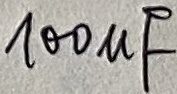
Text: 100µF